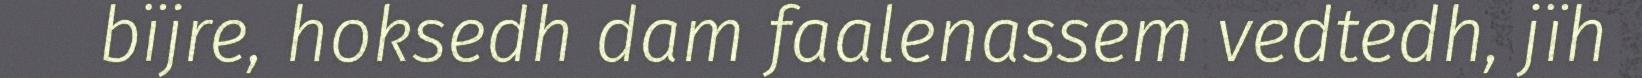
bïjre, hoksedh dam faalenassem vedtedh, jïh